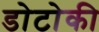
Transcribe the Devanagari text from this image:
डोटोकी